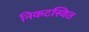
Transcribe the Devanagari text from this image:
निकटस्थित